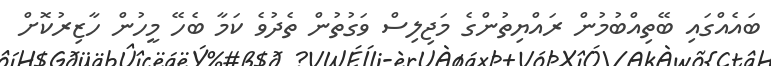
ބައެއްގައި ބޭތިއްބުމުން ރައްޔިތުންގެ މަޖިލިސް ވަގުތުން ތެދުވެ ކަމާ ބެހޭ މީހުން ހާޒިރުކޮށް